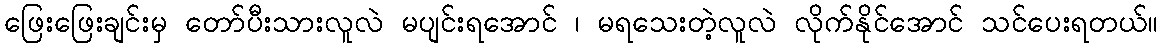
ဖြေးဖြေးချင်းမှ တော်ပီးသားလူလဲ မပျင်းရအောင် ၊ မရသေးတဲ့လူလဲ လိုက်နိုင်အောင် သင်ပေးရတယ်။